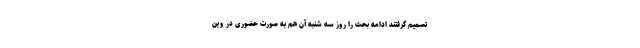
تصمیم گرفتند ادامه بحث را روز سه شنبه آن هم به صورت حضوری در وین